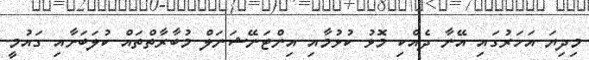
މިދިޔަ އަހަރުގައި އޭނާ ދެއްކި މޮޅު ކުޅުމާއި އިންޓަނޭޝަނަލް މުބާރާތްތައް ކުލަބަށާއި ގައުމީ